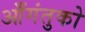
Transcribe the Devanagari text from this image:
आँगंतुको